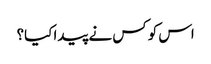
اس کو کس نے پیدا کیا؟